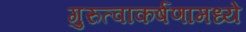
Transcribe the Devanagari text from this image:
गुरुत्वाकर्षणामध्ये